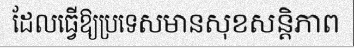
ដែលធ្វើឱ្យប្រទេសមានសុខសន្តិភាព